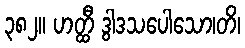
၃၈၂။ ဟတ္ထီ ဒွါဒသပေါသော၊တိ၊